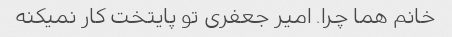
خانم هما چرا. امیر جعفری تو پایتخت کار نمیکنه